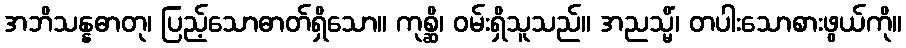
အဘိသန္နဓာတု၊ ပြည့်သောဓာတ်ရှိသော။ ကုစ္ဆိ၊ ဝမ်းရှိသူသည်။ အညသ္မိံ၊ တပါးသောစားဖွယ်ကို။